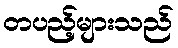
တပည့်များသည်